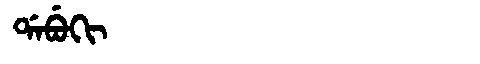
Manchu: ᡩᠠᠪᡠᡴᡳ
Romanization: DABUKI